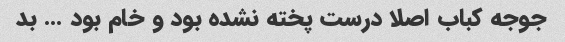
جوجه کباب اصلا درست پخته نشده بود و خام بود … بد